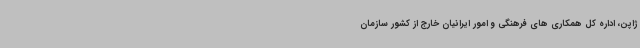
ژاپن، اداره کل همکاری های فرهنگی و امور ایرانیان خارج از کشور سازمان